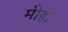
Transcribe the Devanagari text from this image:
मीहो